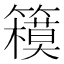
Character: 𰪞